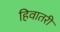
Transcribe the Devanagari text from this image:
हिवातरी